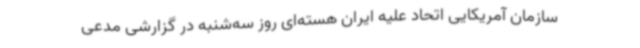
سازمان آمریکایی اتحاد علیه ایران هسته‌ای روز سه‌شنبه در گزارشی مدعی